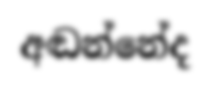
අඬන්නේද